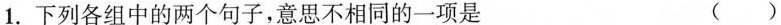
1.下列各组中的两个句子，意思不相同的一项是 ()